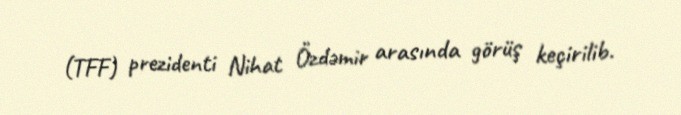
(TFF) prezidenti Nihat Özdəmir arasında görüş keçirilib.